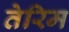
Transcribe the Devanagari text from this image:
तेरिम